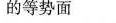
的等势面